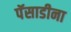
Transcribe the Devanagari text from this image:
पॅसाडीना